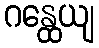
ဂန္ထေယျ